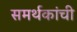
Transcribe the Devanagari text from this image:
समर्थकांची